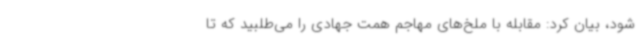
شود، بیان کرد: مقابله با ملخ‌های مهاجم همت جهادی را می‌طلبید که تا